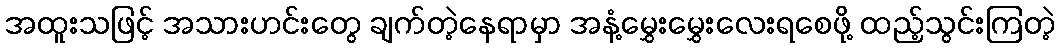
အထူးသဖြင့် အသားဟင်းတွေ ချက်တဲ့နေရာမှာ အနံ့မွှေးမွှေးလေးရစေဖို့ ထည့်သွင်းကြတဲ့